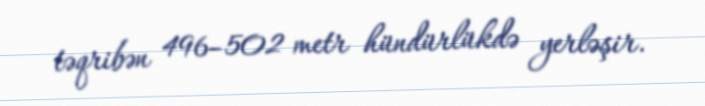
təqribən 496–502 metr hündürlükdə yerləşir.